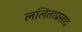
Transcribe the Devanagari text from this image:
ललिताप्रसाद